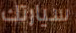
سيارتك